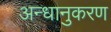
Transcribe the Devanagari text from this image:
अन्धानुकरण